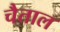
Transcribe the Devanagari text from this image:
चैताल